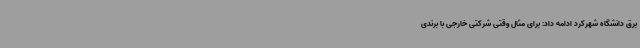
برق دانشگاه شهرکرد ادامه داد: برای مثال وقتی شرکتی خارجی با برندی